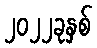
၂၀၂၂ခုနှစ်